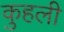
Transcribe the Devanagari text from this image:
कुहली